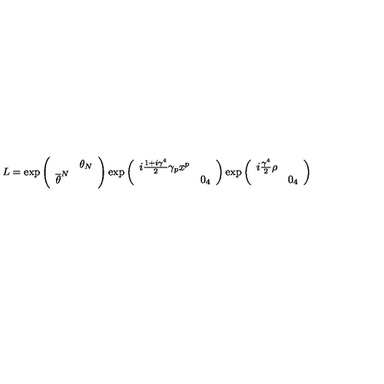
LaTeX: L = \exp \left( \begin{array} { c c } { } & { \theta _ { N } } \\ { \overline { { \theta } } ^ { N } } & { } \\ \end{array} \right) \exp \left( \begin{array} { c c } { i \frac { 1 + i \gamma ^ { 4 } } { 2 } \gamma _ { p } x ^ { p } } & { } \\ { } & { 0 _ { 4 } } \\ \end{array} \right) \exp \left( \begin{array} { c c } { i \frac { \gamma ^ { 4 } } { 2 } \rho } & { } \\ { } & { 0 _ { 4 } } \\ \end{array} \right)